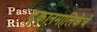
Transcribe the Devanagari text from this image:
दुकानमालिकेचे